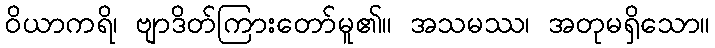
ဝိယာကရိ၊ ဗျာဒိတ်ကြားတော်မူ၏။ အသမဿ၊ အတုမရှိသော။